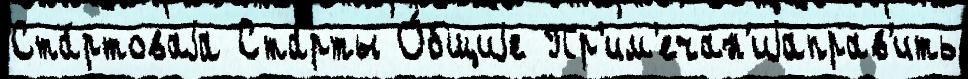
Ста́ртоваjа Ста́рты О́бщиjе Пр'им'ечан'иjаправ'ить